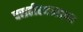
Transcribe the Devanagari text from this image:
वसतीस्थानावर